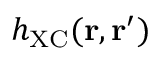
h _ { \mathrm { X C } } ( \mathbf { r } , \mathbf { r } ^ { \prime } )